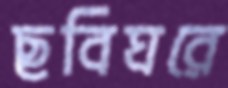
ছবিঘরে